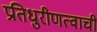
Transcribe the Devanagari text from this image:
प्रतिधुरीणत्वाची